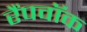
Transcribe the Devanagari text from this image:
रैंपवॉक